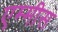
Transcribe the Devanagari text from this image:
एम्मीस